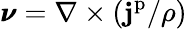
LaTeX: \pmb{\nu}=\nabla\times(\mathbf{j}^{\mathrm{p}}/\rho)